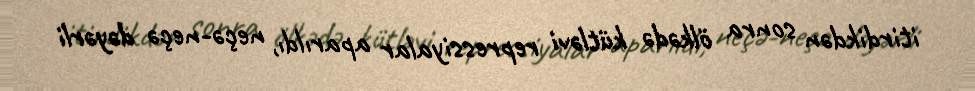
itirdikdən sonra ölkədə kütləvi repressiyalar aparıldı, neçə-neçə dəyərli